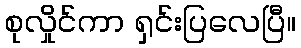
စုလှိုင်ကာ ရှင်းပြလေပြီ။